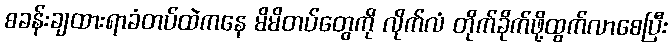
စခန်းချထားရာခံတပ်ထဲကနေ မိမိတပ်တွေကို လိုက်လံ တိုက်ခိုက်ဖို့ထွက်လာစေပြီး